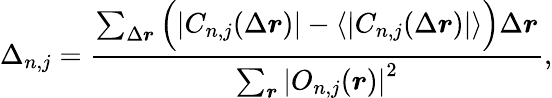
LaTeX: \Delta_{n,j}=\frac{\sum_{\Delta\boldsymbol{r}}\Big(|C_{n,j}(\Delta\boldsymbol{r})|-\left\langle|C_{n,j}(\Delta\boldsymbol{r})|\right\rangle\Big)\Delta\boldsymbol{r}}{\sum_{\boldsymbol{r}}\left|O_{n,j}(\boldsymbol{r})\right|^{2}},